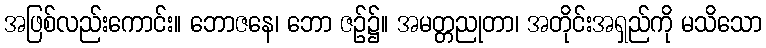
အဖြစ်လည်းကောင်း။ ဘောဇနေ၊ ဘော ဇဉ်၌။ အမတ္တညုတာ၊ အတိုင်းအရှည်ကို မသိသော